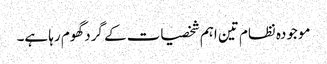
موجودہ نظام تین اہم شخصیات کے گرد گھوم رہا ہے۔